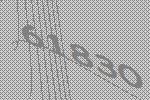
61830